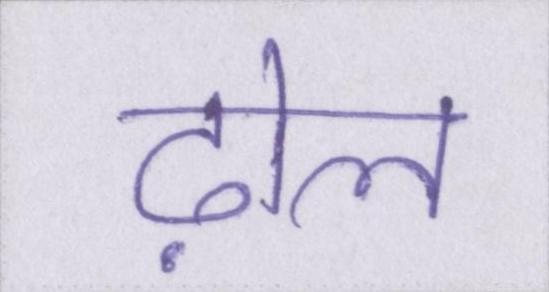
ढ़ोल